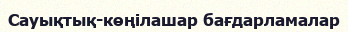
Сауықтық-көңілашар бағдарламалар